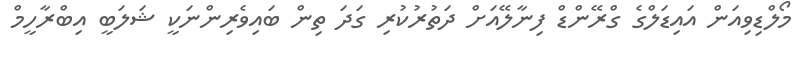
މޯލްޑިވިއަން އައިޑަލްގެ ގްރޭންޑް ފިނާލޭއަށް ދަތުރުކުރި ގަދަ ތިން ބައިވެރިންނަކީ ޝަލަބީ އިބްރާހީމް